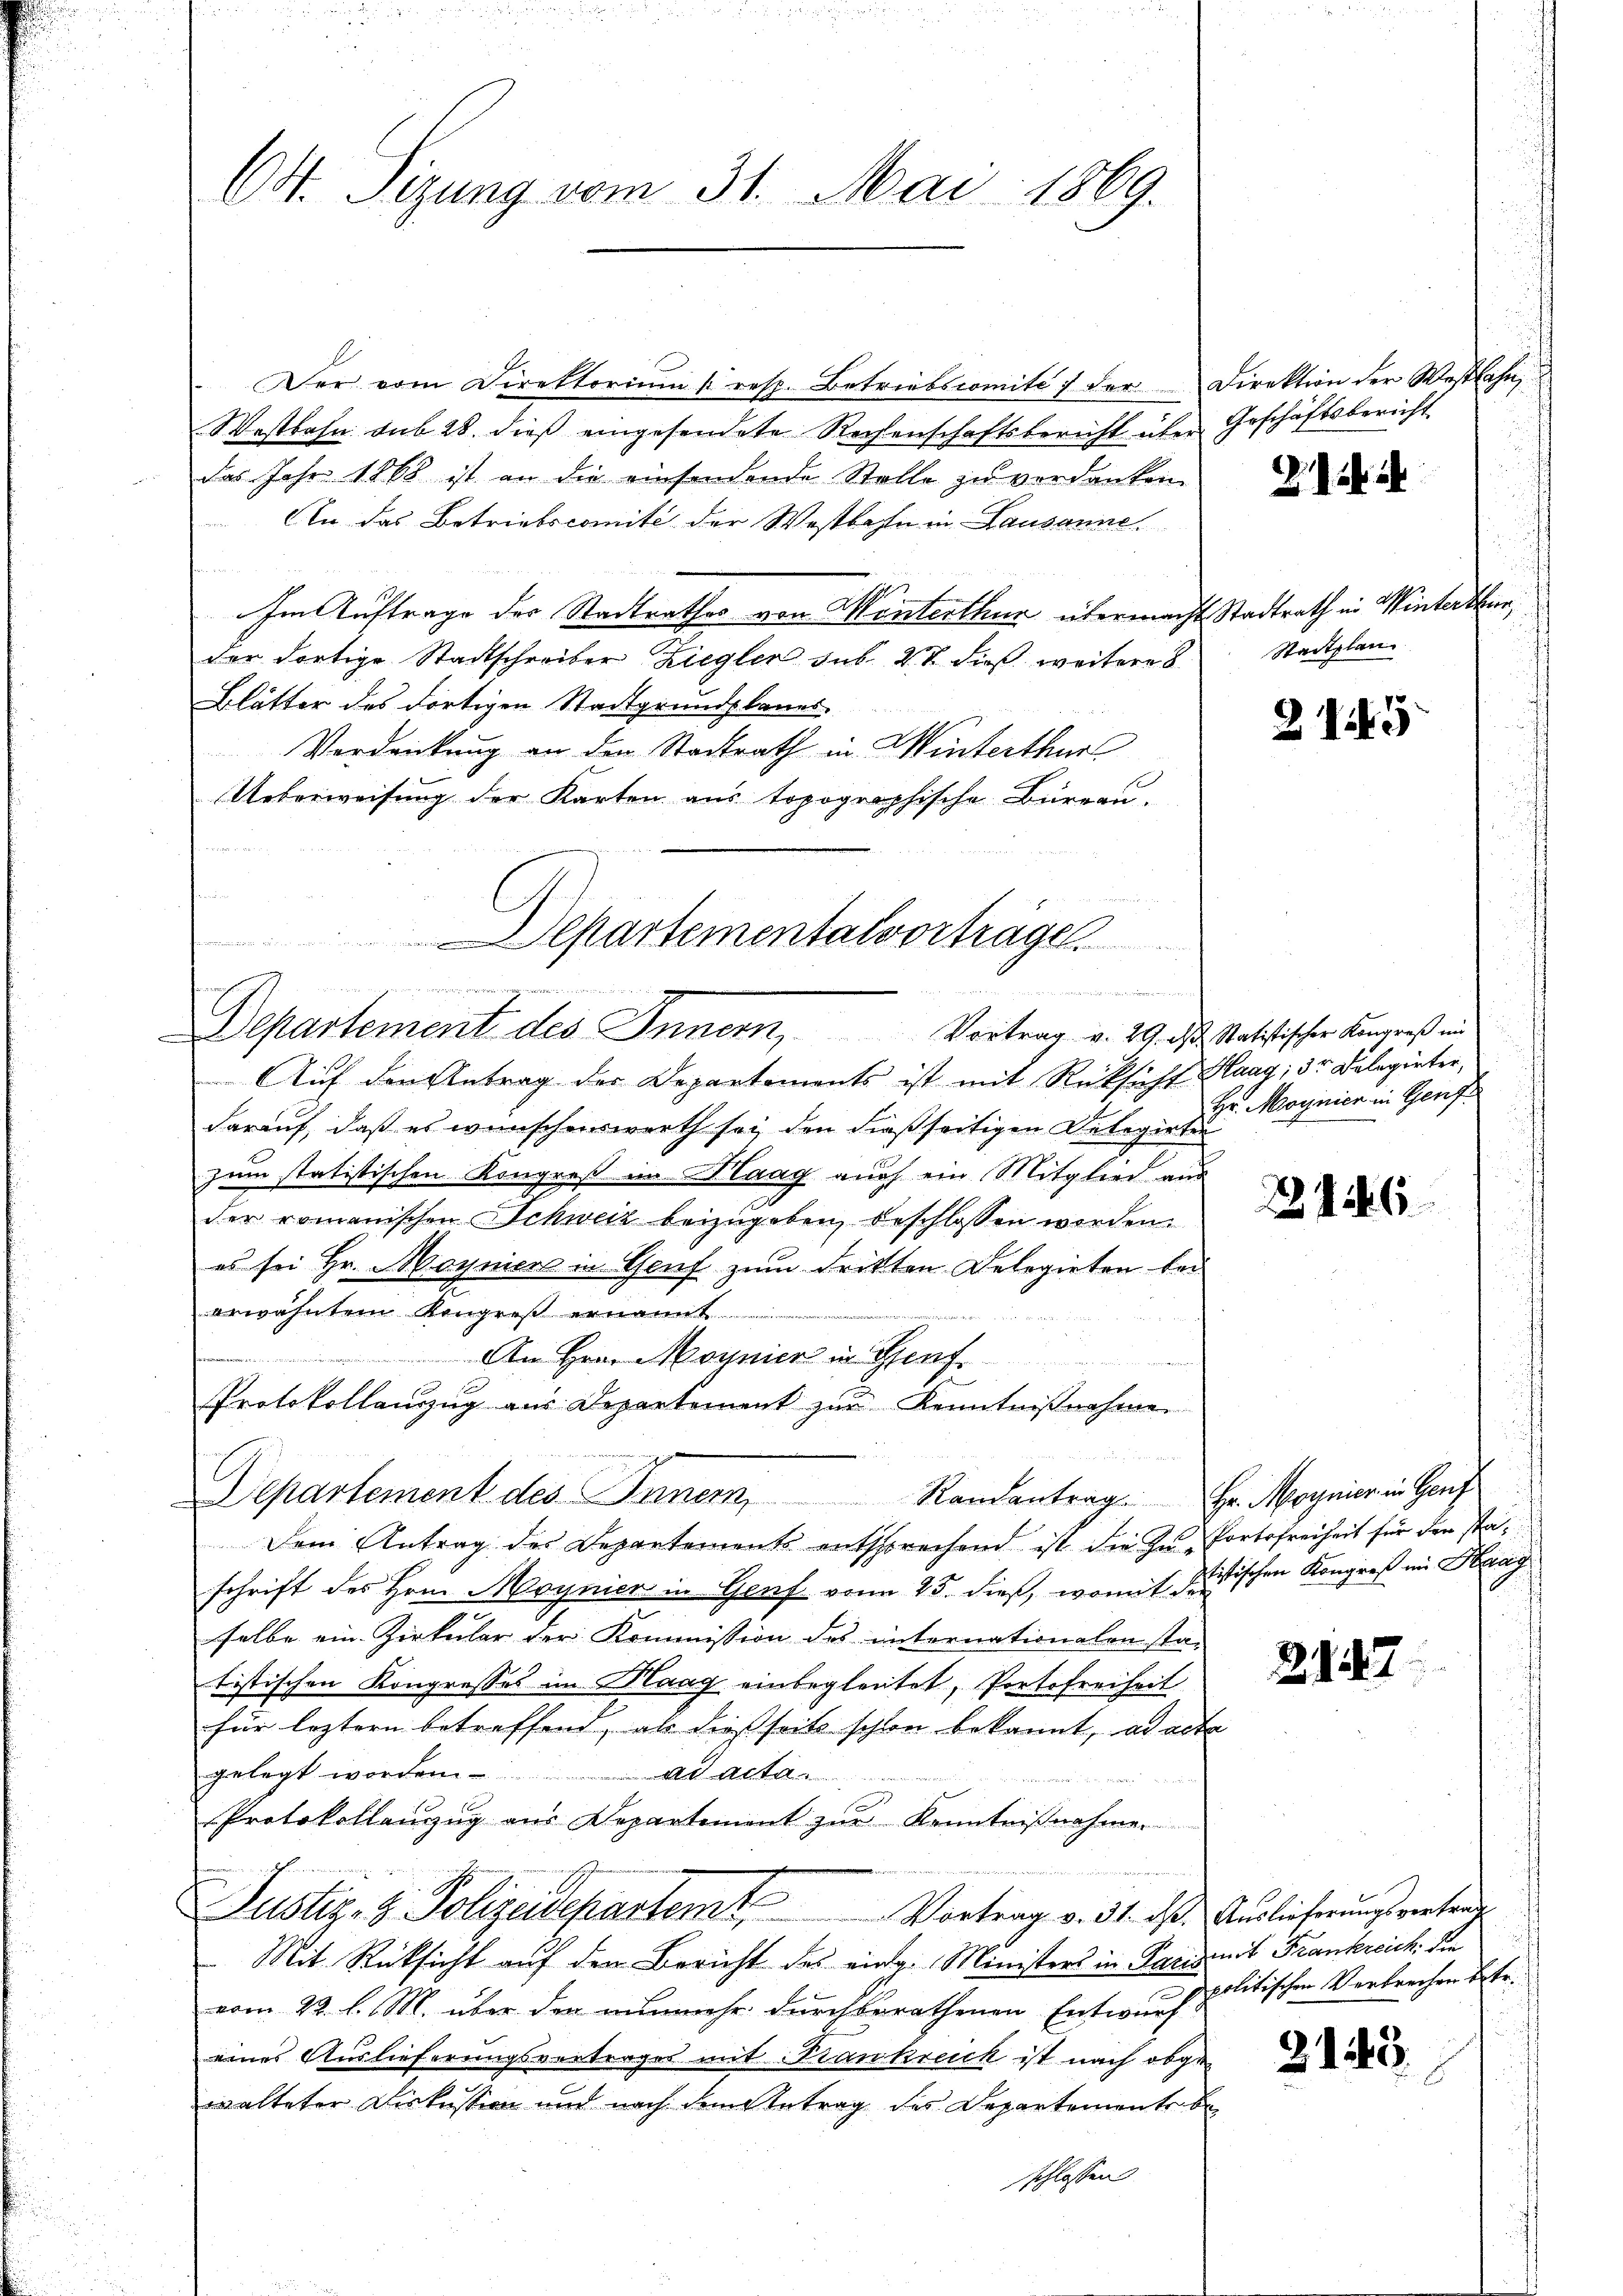
Der vom Direktorium (resp. Betriebscomite 1 der Direktion der Westbahn,
Westbahn sub 28. dieß eingesendete Rechenschaftsbericht über Geschäftsbericht
das Jahr 1868 ist an die einsendende Stelle zu verdanken,
An das Betriebscomité der Westbahn in Lausanne
Im Auftrage der Stadtrathes von Winterthur übermacht Stadtrath in Winterthur,
der dortige Stadtschreiber Ziegler sub. 27 dieß weitere 8
Blätter des dortigen Stadtgrundplanes.
Verdankung an den Stadtrath in Winterthur
Ueberweisung der Karten aus topographische Büreau.

epartementalvorträgen
n
innern
deren den
Departement des Innern, Vortrag v. 29. d. Mathischer Kongreß ein

64. Sizung vom 31. Mai 1869.

E

Separtement des Innern, Randantrag. Hr. Magnier in Genf

Auf den Antrag der Departements ist mit Rücksicht Haag, dr Delegirter,
darauf, daß es wünschenswerth sei den dießseitigen Delegirten
zum statistischen Kongreß in Haag auch ein Mitglied aus
der romanischen Schweiz beizugeben, beschlossen worden.
es sei Hr. Moyniers in Genf zum dritten Delegirten bei
erwähntem Kongres ernannt

An Hrn. Moynier in Genf
Protokollauszug aus Departement zur Kenntnißnahme
Dem Antrag des Departements entsprechend ist die zu Portofreiheit für den staschrift des Hrn. Moynier in Genf von 25. dieß, womit Kritischen Kongreß im Haag
selbe ein Zirkular der Kommission des internationalen sta-
tistischen Kongresses im Maag einbegleitet, Portofreiheit
für leztern betreffend, als dießseits schon bekannt, ad acta
gelegt worden.
Ad Acta

Protokollanzug aus Departement zur Kenntnißnahme
Justiz- & Polizeidepartemt
Vortrag v. 31. ds. Auslieferungsvertrag
Mit Rücksicht auf den Bericht des eing. Ministers in Pariseit Frankreich die
.
vom 22. l. M. über der nunmehr durchberathenen Entwurf
eines Auslieferungsvertrages mit Krankreich ist nach obge
walteter Diskussion und nach dem Antrag des Departemente beschlossen

Stadtplan

25

Hr. Moynien in Genf

27

2127

6

politischen Verbrechen betr.

2145.